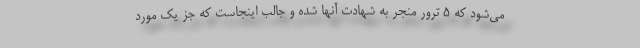
می‌شود که ۵ ترور منجر به شهادت آنها شده و جالب اینجاست که جز یک مورد